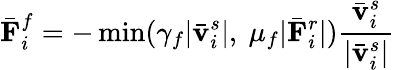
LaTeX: \bar{\mathbf{F}}_{i}^{f}=-\operatorname*{min}(\gamma_{f}|\bar{\mathbf{v}}_{i}^{s}|,~\mu_{f}|\bar{\mathbf{F}}_{i}^{r}|)\frac{\bar{\mathbf{v}}_{i}^{s}}{|\bar{\mathbf{v}}_{i}^{s}|}